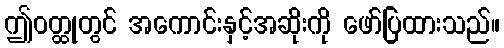
ဤဝတ္ထုတွင် အကောင်းနှင့်အဆိုးကို ဖော်ပြထားသည်။